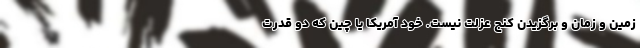
زمین و زمان و برگزیدن کنج عزلت نیست. خود آمریکا یا چین که دو قدرت